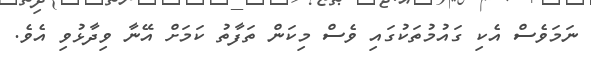
ނަމަވެސް އެކި ގައުމުތަކުގައި ވެސް މިކަން ތަފާތު ކަމަށް އޭނާ ވިދާޅުވި އެވެ.